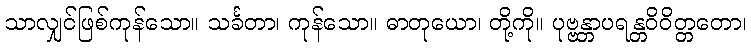
သာလျှင်ဖြစ်ကုန်သော။ သင်္ခတာ၊ ကုန်သော။ ဓာတုယော၊ တို့ကို။ ပုဗ္ဗန္တာပရန္တဝိဝိတ္တတော၊